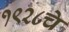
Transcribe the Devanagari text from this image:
१९२८चे